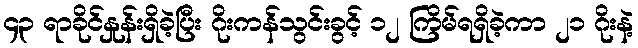
၄၃ ရာခိုင်နှုန်းရှိခဲ့ပြီး ဂိုးကန်သွင်းခွင့် ၁၂ ကြိမ်ရရှိခဲ့ကာ ၂၁ ဂိုးနဲ့